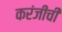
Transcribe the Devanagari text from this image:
करंजीची